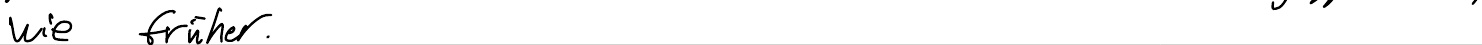
wie früher.